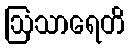
ဩသာရေတိ